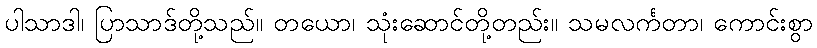
ပါသာဒါ၊ ပြာသာဒ်တို့သည်။ တယော၊ သုံးဆောင်တို့တည်း။ သမလင်္ကတာ၊ ကောင်းစွာ